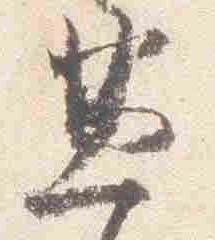
兼